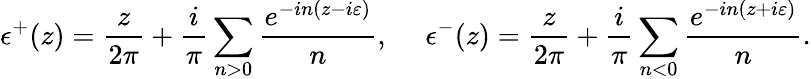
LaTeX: \epsilon^{+}(z)=\frac{z}{2\pi}+\frac{i}{\pi}\sum_{n>0}\frac{e^{-in(z-i\varepsilon)}}{n},~~~~~\epsilon^{-}(z)=\frac{z}{2\pi}+\frac{i}{\pi}\sum_{n<0}\frac{e^{-in(z+i\varepsilon)}}{n}.